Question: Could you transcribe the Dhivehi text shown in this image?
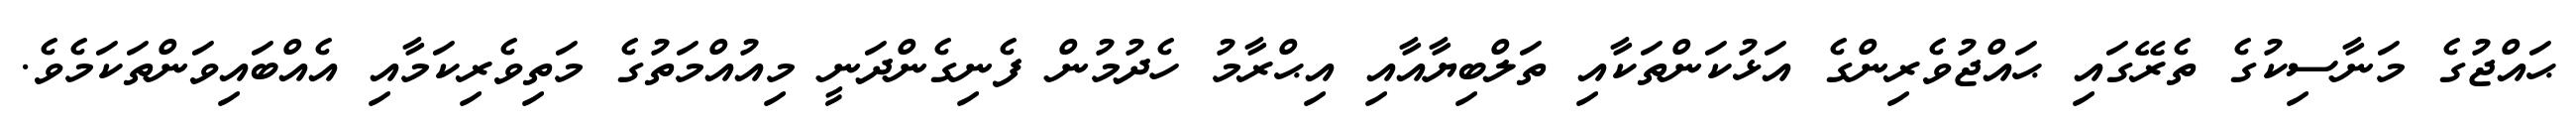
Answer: ޙައްޖުގެ މަނާސިކުގެ ތެރޭގައި ޙައްޖުވެރިންގެ އަޅުކަންތަކާއި ތަލްބިޔާއާއި އިޙްރާމު ހެދުމުން ފެނިގެންދަނީ މިއުއްމަތުގެ މަތިވެރިކަމާއި އެއްބައިވަންތަކަމެވެ.